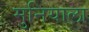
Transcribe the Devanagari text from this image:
मुनियाला